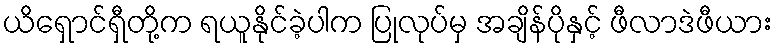
ယိရှောင်ရှီတို့က ရယူနိုင်ခဲ့ပါက ပြုလုပ်မှ အချိန်ပိုနှင့် ဖီလာဒဲဖီယား